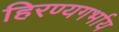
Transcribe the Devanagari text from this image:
हिरण्यगर्भाय